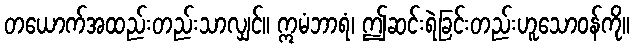
တယောက်အထည်းတည်းသာလျှင်။ ဣမံဘာရံ၊ ဤဆင်းရဲခြင်းတည်းဟူသောဝန်ကို။